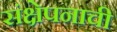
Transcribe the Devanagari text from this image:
संक्षेपनाची